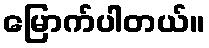
မြောက်ပါတယ်။